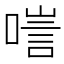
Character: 𠻂